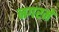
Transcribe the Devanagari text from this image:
नगरमें